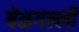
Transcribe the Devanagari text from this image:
बेळगल्ली